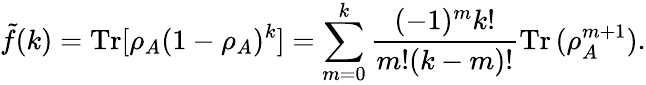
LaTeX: \tilde{f}(k)=\operatorname{Tr}[\rho_{A}(1-\rho_{A})^{k}]=\sum_{m=0}^{k}\frac{(-1)^{m}k!}{m!(k-m)!}\operatorname{Tr}{(\rho_{A}^{m+1})}.